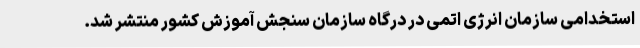
استخدامی سازمان انرژی اتمی در درگاه سازمان سنجش آموزش کشور منتشر شد.